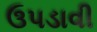
ઉપડાવી